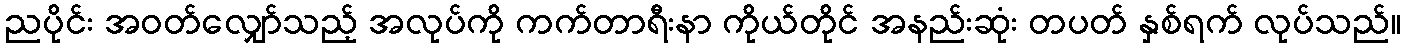
ညပိုင်း အဝတ်လျှော်သည့် အလုပ်ကို ကက်တာရီးနာ ကိုယ်တိုင် အနည်းဆုံး တပတ် နှစ်ရက် လုပ်သည်။